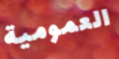
العمومية